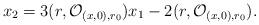
LaTeX: \begin{align*}x_2 & = 3(r, \mathcal{O}_{(x,0), r_0}) x_1 - 2 (r, \mathcal{O}_{(x,0), r_0}).\end{align*}